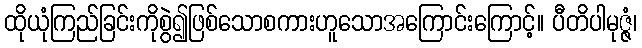
ထိုယုံကြည်ခြင်းကိုစွဲ၍ဖြစ်သောစကားဟူသောအကြောင်းကြောင့်။ ပီတိပါမုဇ္ဇံ၊